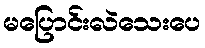
မပြောင်းလဲသေးပေ